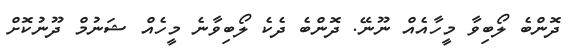
ދޮންބެ ލޯބިވާ މީހާއެއް ނޫނޭ. ދޮންބެ ދެކެ ލޯބިވާނެ މީހެއް ޝަނުމް ދޫނުކޮށް